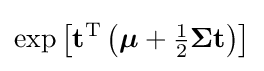
\exp \left[\mathbf {t} ^{\mathrm {T} }\left({\boldsymbol {\mu }}+{\tfrac {1}{2}}{\boldsymbol {\Sigma }}\mathbf {t} \right)\right]